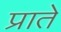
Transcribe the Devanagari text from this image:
प्राते